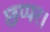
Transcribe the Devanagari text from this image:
छप्पर।